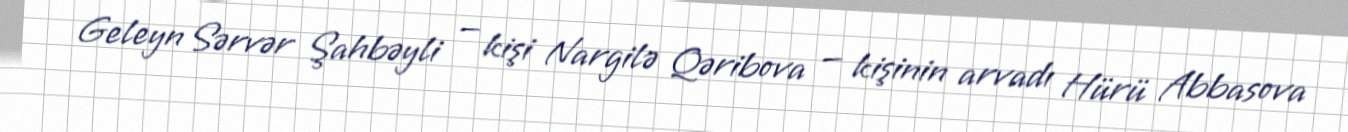
Geleyn Sərvər Şahbəyli — kişi Nargilə Qəribova — kişinin arvadı Hürü Abbasova